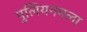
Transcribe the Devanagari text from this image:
पुलियनमला